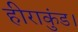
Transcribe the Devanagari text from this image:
हीराकुंड।